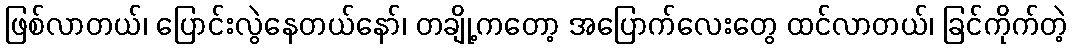
ဖြစ်လာတယ်၊ ပြောင်းလွဲနေတယ်နော်၊ တချို့ကတော့ အပြောက်လေးတွေ ထင်လာတယ်၊ ခြင်ကိုက်တဲ့